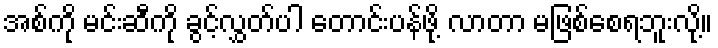
အစ်ကို မင်းဆီကို ခွင့်လွှတ်ပါ တောင်းပန်ဖို့ လာတာ မဖြစ်စေရဘူးလို့။